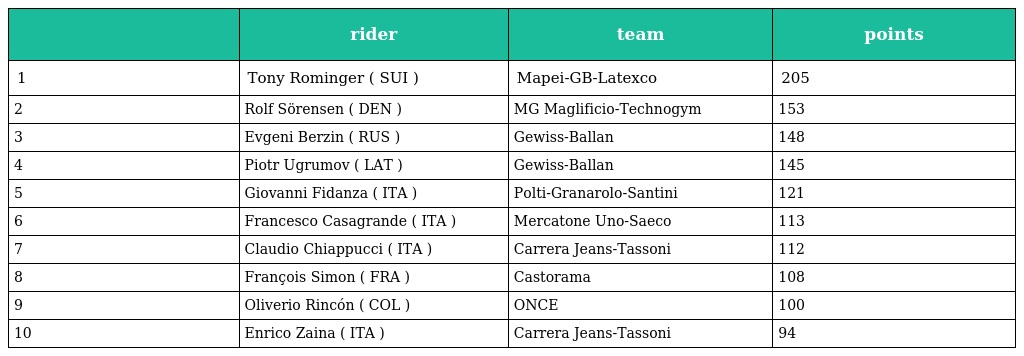
|  | rider | team | points |
 | --- | --- | --- | --- |
 | 1 | Tony Rominger ( SUI ) | Mapei-GB-Latexco | 205 |
 | 2 | Rolf Sörensen ( DEN ) | MG Maglificio-Technogym | 153 |
 | 3 | Evgeni Berzin ( RUS ) | Gewiss-Ballan | 148 |
 | 4 | Piotr Ugrumov ( LAT ) | Gewiss-Ballan | 145 |
 | 5 | Giovanni Fidanza ( ITA ) | Polti-Granarolo-Santini | 121 |
 | 6 | Francesco Casagrande ( ITA ) | Mercatone Uno-Saeco | 113 |
 | 7 | Claudio Chiappucci ( ITA ) | Carrera Jeans-Tassoni | 112 |
 | 8 | François Simon ( FRA ) | Castorama | 108 |
 | 9 | Oliverio Rincón ( COL ) | ONCE | 100 |
 | 10 | Enrico Zaina ( ITA ) | Carrera Jeans-Tassoni | 94 |